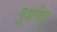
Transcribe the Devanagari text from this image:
मुशर्रला